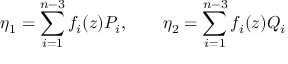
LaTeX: \eta _ { 1 } = \sum _ { i = 1 } ^ { n - 3 } f _ { i } ( z ) P _ { i } , ~ ~ ~ ~ ~ ~ \eta _ { 2 } = \sum _ { i = 1 } ^ { n - 3 } f _ { i } ( z ) Q _ { i }